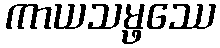
ကာယသမ္ဖဿေ